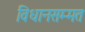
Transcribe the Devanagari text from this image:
विधानसम्मत